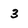
Character: 3